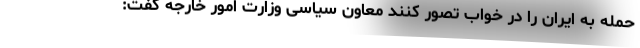
حمله به ایران را در خواب تصور کنند معاون سیاسی وزارت امور خارجه گفت: